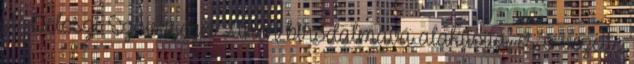
A Déloszi Szövetséget Athén birodalmává alakította, és ő vezette